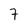
Character: 7